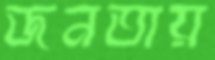
জনতায়